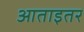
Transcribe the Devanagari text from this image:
आताइतर